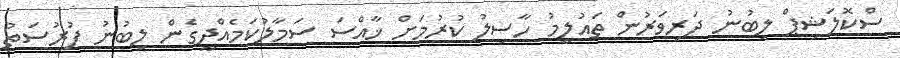
ސްކޮލަޝިޕް ލިބުނު ދަރިވަރުން ތައުލީމު ހާސިލު ކުރުމަށް ޚާއްސަ ސަމާލުކަމެއްދީގެން ލިބުނު ފުރުސަތު